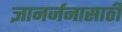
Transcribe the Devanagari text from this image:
ज्ञानर्जनासाठी